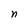
Character: n